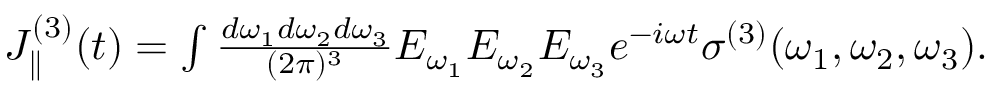
\begin{array} { r } { J _ { \parallel } ^ { ( 3 ) } ( t ) = \int \frac { d \omega _ { 1 } d \omega _ { 2 } d \omega _ { 3 } } { ( 2 \pi ) ^ { 3 } } E _ { \omega _ { 1 } } E _ { \omega _ { 2 } } E _ { \omega _ { 3 } } e ^ { - i \omega t } \sigma ^ { ( 3 ) } ( \omega _ { 1 } , \omega _ { 2 } , \omega _ { 3 } ) . } \end{array}